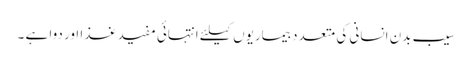
سیب بدن انسانی کی متعدد بیماریوں کیلئے انتہائی مفید غذا اور دوا ہے ۔